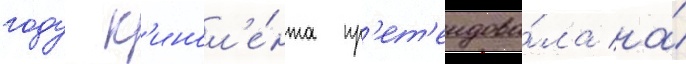
году к'инол'е́нта пр'ет'ендова́ла на́